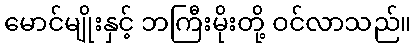
မောင်မျိုးနှင့် ဘကြီးမိုးတို့ ဝင်လာသည်။